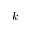
k